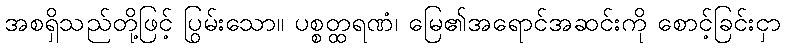
အစရှိသည်တို့ဖြင့် ပြွမ်းသော။ ပစ္စတ္ထရဏံ၊ မြေ၏အရောင်အဆင်းကို စောင့်ခြင်းငှာ